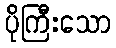
ပိုကြီးသော